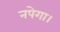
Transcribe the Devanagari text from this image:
नपेगा।